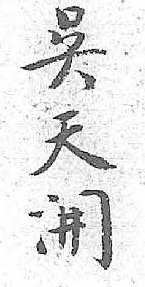
吳天開